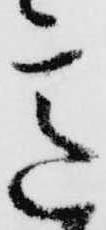
意